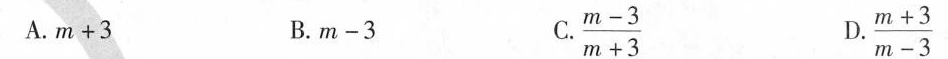
A.$$m + 3$$B.$$m - 3$$C.$$\frac{ m - 3 } { m + 3 }$$D.$$\frac{ m + 3 } { m - 3 }$$